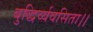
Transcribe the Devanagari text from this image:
बुद्धिर्व्यवसिता।।